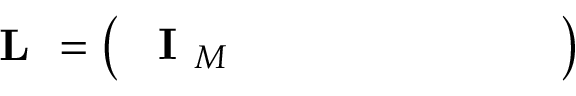
\textbf { L } = \left( \begin{array} { l l l l l l l l } { \textbf { I } _ { M } } & { } & { } & { } & { } & { } & { } & { } \end{array} \right)